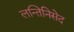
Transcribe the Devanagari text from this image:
लन्तिनिसेद